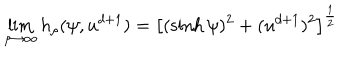
LaTeX: \lim _ { \rho \to \infty } h _ { \rho } ( \psi , u ^ { d + 1 } ) = \left[ ( \sinh \psi ) ^ { 2 } + ( u ^ { d + 1 } ) ^ { 2 } \right] ^ { \frac { 1 } { 2 } }